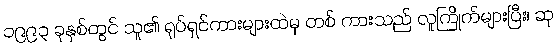
၁၉၉၃ ခုနှစ်တွင် သူ၏ ရုပ်ရှင်ကားများထဲမှ တစ် ကားသည် လူကြိုက်များပြီး၊ ဆု